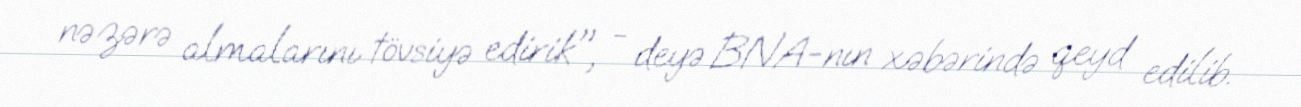
nəzərə almalarını tövsiyə edirik", - deyə BNA-nın xəbərində qeyd edilib.